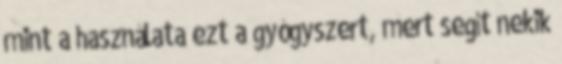
mint a használata ezt a gyógyszert, mert segít nekik